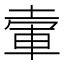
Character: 𡍦